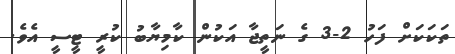
ތަކަކަށް ފަހު 2-3 ގެ ނަތީޖާ އަކުން ކާމިޔާބު ކުރީ ޓީސީ އެވެ.